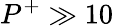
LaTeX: P^{+}\gg 10